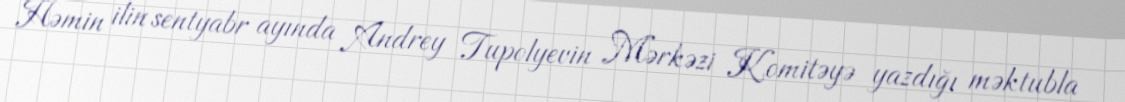
Həmin ilin sentyabr ayında Andrey Tupolyevin Mərkəzi Komitəyə yazdığı məktubla